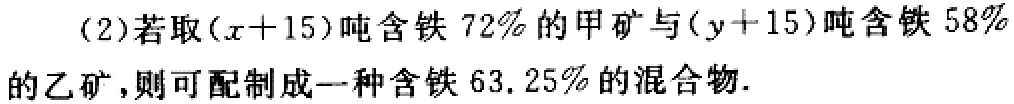
(2)若取\((x + 15)\)吨含铁\(72\%\)的甲矿与\((y + 15)\)吨含铁\(58\%\)的乙矿，则可配制成一种含铁\(63.25\%\)的混合物.